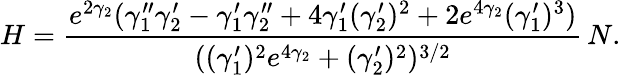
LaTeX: H=\frac{e^{2\gamma_{2}}(\gamma_{1}^{\prime\prime}\gamma_{2}^{\prime}-\gamma_{1}^{\prime}\gamma_{2}^{\prime\prime}+4\gamma_{1}^{\prime}(\gamma_{2}^{\prime})^{2}+2e^{4\gamma_{2}}(\gamma_{1}^{\prime})^{3})}{((\gamma_{1}^{\prime})^{2}e^{4\gamma_{2}}+(\gamma_{2}^{\prime})^{2})^{3/2}}\, N.